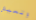
وتعيش